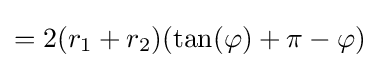
=2(r_{1}+r_{2})(\tan(\varphi )+\pi -\varphi )\,\!